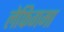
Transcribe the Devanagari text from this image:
लेफिगमा